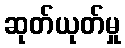
ဆုတ်ယုတ်မှု